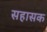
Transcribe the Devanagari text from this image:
सहासक